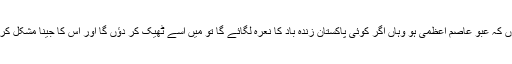
میں بتا دوں کہ عبو عاصم آعظمی ہو وہاں اگر کوئی پاکستان زندہ باد کا نعرہ لگائے گا تو میں اسے ٹھیک کر دؤں گا اور اس کا جینا مشکل کر دوں گا‘‘۔